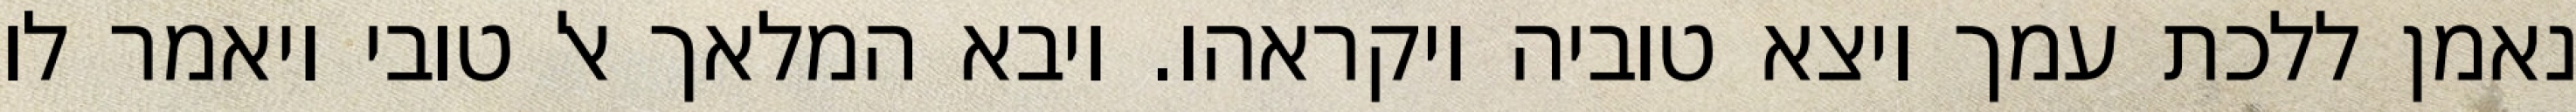
נאמן ללכת עמך ויצא טוביה ויקראהו. ויבא המלאך אל טובי ויאמר לו